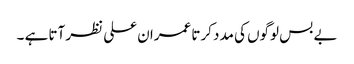
بے بس لوگوں کی مدد کرتا عمران علی نظر آتا ہے ۔